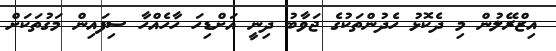
އިޒްރޭލުން މި ދެކޮޅު ހެދުންތަކުގެ ޖަވާބު ދިނީ އަށްޑިހަ ހާހެއްހާ ސިފައިން މަގުތަކަށް